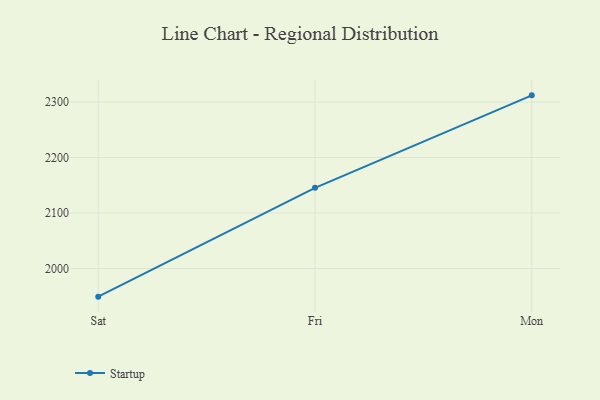
{"axis": {"x": "Day", "y": "Headcount"}, "legend": ["Startup"], "data": [{"x": "Sat", "y": 1949.2, "type": "Startup"}, {"x": "Fri", "y": 2145.4, "type": "Startup"}, {"x": "Mon", "y": 2312.1, "type": "Startup"}]}